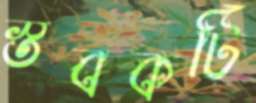
স্তবকটি